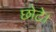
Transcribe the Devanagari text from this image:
छोटे।